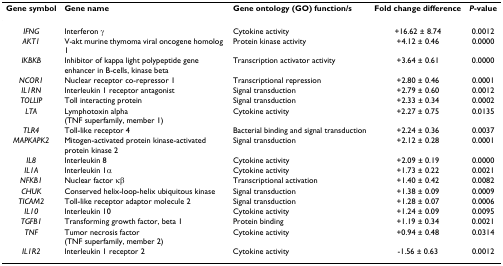
<table><thead><tr><td><b>Gene symbol</b></td><td><b>Gene name</b></td><td><b>Gene ontology (GO) function/s</b></td><td><b>Fold change difference</b></td><td><b><i>P</i>-value</b></td></tr></thead><tbody><tr><td><i>IFNG</i></td><td>Interferon γ</td><td>Cytokine activity</td><td>+16.62 ± 8.74</td><td>0.0012</td></tr><tr><td><i>AKT1</i></td><td>V-akt murine thymoma viral oncogene homolog 1</td><td>Protein kinase activity</td><td>+4.12 ± 0.46</td><td>0.0000</td></tr><tr><td><i>IKBKB</i></td><td>Inhibitor of kappa light polypeptide gene enhancer in B-cells, kinase beta</td><td>Transcription activator activity</td><td>+3.64 ± 0.61</td><td>0.0000</td></tr><tr><td><i>NCOR1</i></td><td>Nuclear receptor co-repressor 1</td><td>Transcriptional repression</td><td>+2.80 ± 0.46</td><td>0.0001</td></tr><tr><td><i>IL1RN</i></td><td>Interleukin 1 receptor antagonist</td><td>Signal transduction</td><td>+2.79 ± 0.60</td><td>0.0012</td></tr><tr><td><i>TOLLIP</i></td><td>Toll interacting protein</td><td>Signal transduction</td><td>+2.33 ± 0.34</td><td>0.0002</td></tr><tr><td><i>LTA</i></td><td>Lymphotoxin alpha (TNF superfamily, member 1)</td><td>Cytokine activity</td><td>+2.27 ± 0.75</td><td>0.0135</td></tr><tr><td><i>TLR4</i></td><td>Toll-like receptor 4</td><td>Bacterial binding and signal transduction</td><td>+2.24 ± 0.36</td><td>0.0037</td></tr><tr><td><i>MAPKAPK2</i></td><td>Mitogen-activated protein kinase-activated protein kinase 2</td><td>Signal transduction</td><td>+2.12 ± 0.28</td><td>0.0001</td></tr><tr><td><i>IL8</i></td><td>Interleukin 8</td><td>Cytokine activity</td><td>+2.09 ± 0.19</td><td>0.0000</td></tr><tr><td><i>IL1A</i></td><td>Interleukin 1α</td><td>Cytokine activity</td><td>+1.73 ± 0.22</td><td>0.0021</td></tr><tr><td><i>NFKB1</i></td><td>Nuclear factor κβ</td><td>Transcriptional activation</td><td>+1.40 ± 0.42</td><td>0.0082</td></tr><tr><td><i>CHUK</i></td><td>Conserved helix-loop-helix ubiquitous kinase</td><td>Signal transduction</td><td>+1.38 ± 0.09</td><td>0.0009</td></tr><tr><td><i>TICAM2</i></td><td>Toll-like receptor adaptor molecule 2</td><td>Signal transduction</td><td>+1.28 ± 0.07</td><td>0.0006</td></tr><tr><td><i>IL10</i></td><td>Interleukin 10</td><td>Cytokine activity</td><td>+1.24 ± 0.09</td><td>0.0095</td></tr><tr><td><i>TGFB1</i></td><td>Transforming growth factor, beta 1</td><td>Protein binding</td><td>+1.19 ± 0.34</td><td>0.0021</td></tr><tr><td><i>TNF</i></td><td>Tumor necrosis factor (TNF superfamily, member 2)</td><td>Cytokine activity</td><td>+0.94 ± 0.48</td><td>0.0314</td></tr><tr><td><i>IL1R2</i></td><td>Interleukin 1 receptor 2</td><td>Cytokine activity</td><td>-1.56 ± 0.63</td><td>0.0012</td></tr></tbody></table>